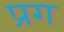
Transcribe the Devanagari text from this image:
प्रग